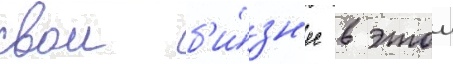
свои б'и́зн'ес в этои